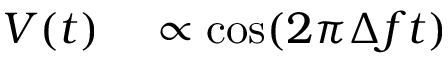
\begin{array} { r l } { V ( t ) } & { { } \propto \cos ( 2 \pi \Delta f t ) } \end{array}